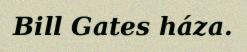
Bill Gates háza.